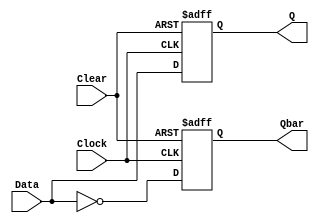
`timescale 1ns/1ps

module d_flipflop (Q, Qbar, Data, Clock, Clear);

output reg Q, Qbar;

input Data, Clock, Clear;

  
  always @(posedge Clock or negedge Clear)
    if(Clear == 1'b0)
      begin Q<=1'b0; Qbar<=1'b1; end
    else
      begin Q<=Data ; Qbar<=~Data; end
    
endmodule


module d_flipflop_test;

  //inputs
  reg  Data, Clock, Clear;


  //outputs
  wire Q, Qbar;

  //instantiat unit under test        
  d_flipflop dflpflp(.Q(Q), .Qbar(Qbar), .Data(Data), .Clock(Clock), .Clear(Clear));

  initial begin
    
    Data = 1'b0;
    Clock = 1'b0;
    Clear = 1'b1;

  end

  always #2 Data = Data + 1'b1;
  initial #10 Clear = 1'b0;
  always #5 Clock = ~Clock;


  initial begin
    $dumpfile("d_flipflop.vcd");
    $dumpvars(0, d_flipflop_test);
    $monitor("time = %g, Q = %b, Qbar = %b, Data = %b, Clock = %b, Clear = %b", $time, Q, Qbar, Data, Clock, Clear );
  end
  initial #100 $finish; 


endmodule